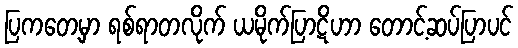
ပြကတေ့မှာ ရစ်ရာတလိုက် ယမိုက်ပြာဋိဟာ တောင့်ဆပ်ပြာပင်